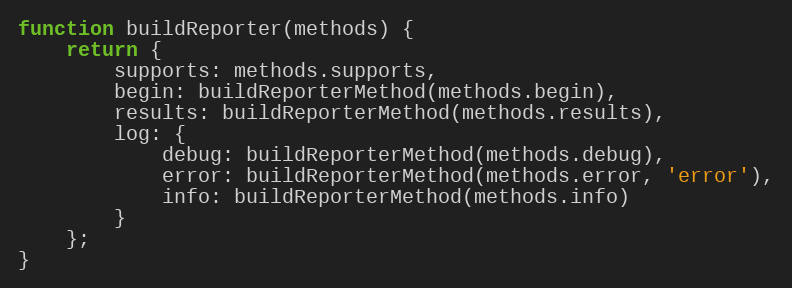
Language: JavaScript
function buildReporter(methods) {
	return {
		supports: methods.supports,
		begin: buildReporterMethod(methods.begin),
		results: buildReporterMethod(methods.results),
		log: {
			debug: buildReporterMethod(methods.debug),
			error: buildReporterMethod(methods.error, 'error'),
			info: buildReporterMethod(methods.info)
		}
	};
}